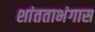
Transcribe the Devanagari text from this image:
शांतताभंगास